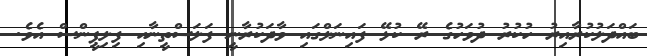
ބައްދަލުކުރާއިރު ހުކުރު ދުވަހުގެ ރޭ ކުޅޭ ފައިނަލްގައި ވާދަކުރާނީ ފަލަސްތީނާއި ފިލިޕީންސް އެވެ.